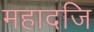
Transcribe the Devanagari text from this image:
महादजि